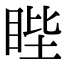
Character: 𥆯